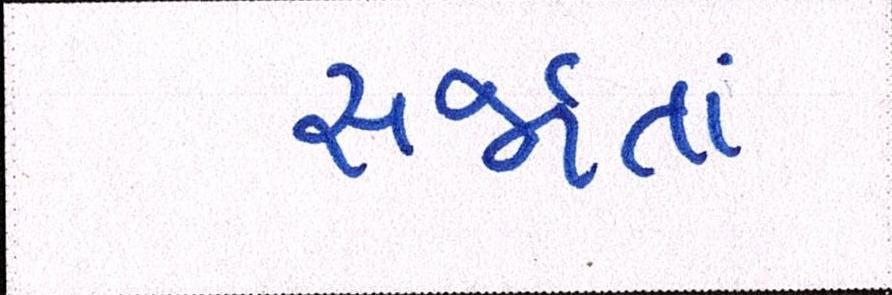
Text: સર્જાતાં